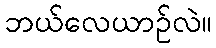
ဘယ်လေယာဉ်လဲ။